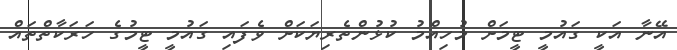
އޭނާ އަކީ ގައުމީ ޓީމަށް މުހިއްމު ކުޅުންތެރިޔަކަށް ވެފައި ގައުމީ ޓީމުގެ ހަރަކާތްތައް